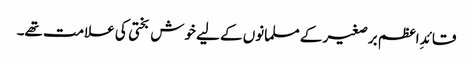
قائدِ اعظم برصغیر کے مسلمانوں کے لیے خوش بختی کی علامت تھے۔